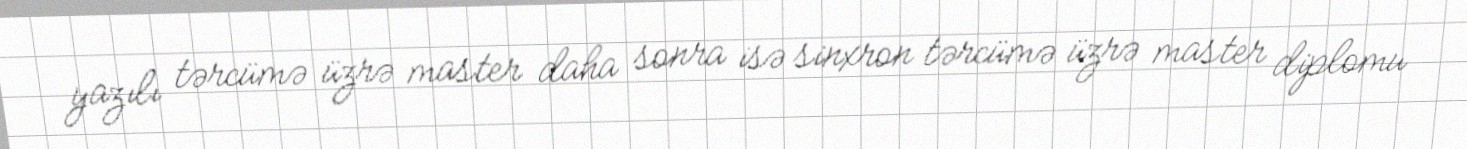
yazılı tərcümə üzrə master daha sonra isə sinxron tərcümə üzrə master diplomu